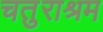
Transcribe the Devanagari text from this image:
चतुराश्रम